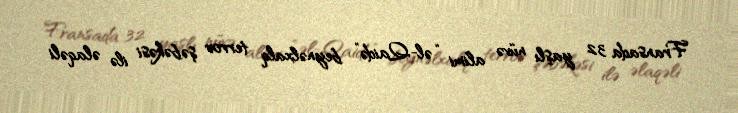
Fransada 32 yaşlı nüvə alimi “əl-Qaidə” beynəlxalq terror şəbəkəsi ilə əlaqəli